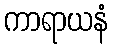
ကာရာယနံ